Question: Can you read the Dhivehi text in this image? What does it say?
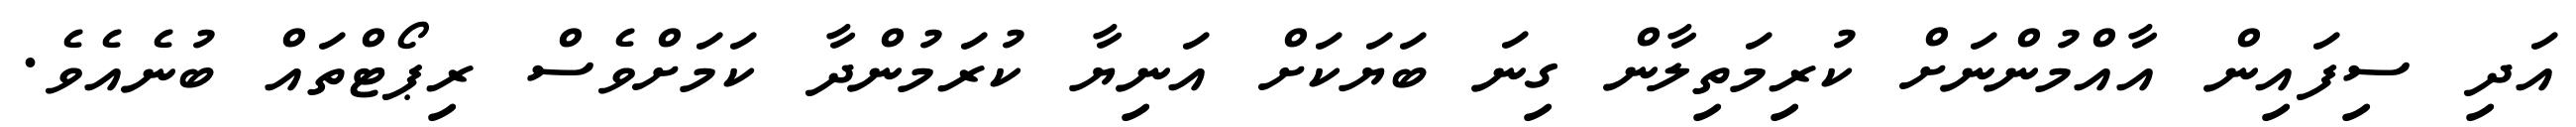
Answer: އަދި ސިފައިން އާއްމުންނަށް ކުރިމަތިލާން ގިނަ ބަޔަކަށް އަނިޔާ ކުރަމުންދާ ކަމަށްވެސް ރިޕޯޓްތައް ބުނެއެވެ.